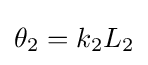
\theta _{2}=k_{2}L_{2}